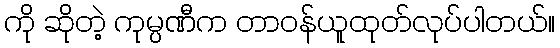
ကို ဆိုတဲ့ ကုမ္ပဏီက တာဝန်ယူထုတ်လုပ်ပါတယ်။